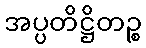
အပ္ပတိဋ္ဌိတဉ္စ